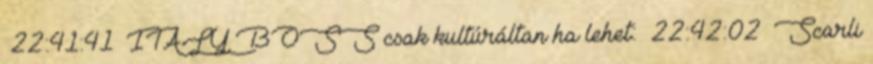
22:41:41 ITALY BOSS csak kultúráltan ha lehet: 22:42:02 Scarli